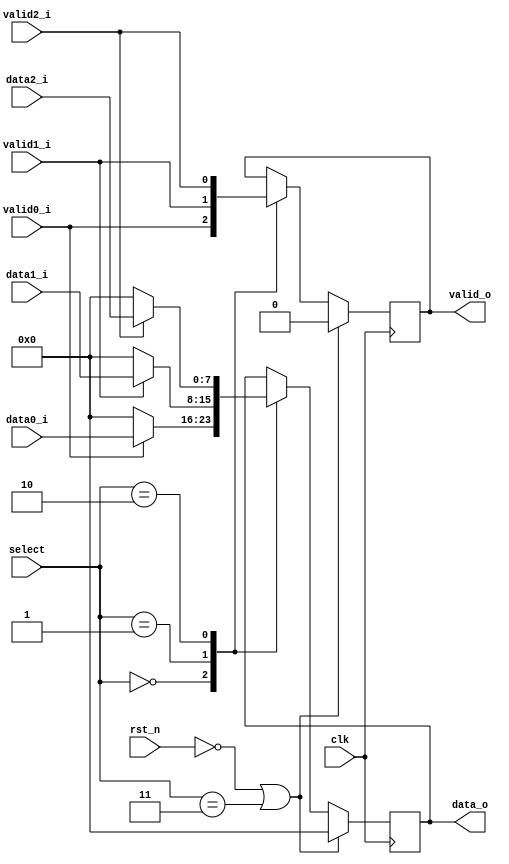
`timescale 1ns / 1ps
//////////////////////////////////////////////////////////////////////////////////
// Company:     A.C.S
// Engineer     Anton Mircea-Pavel
// 
// Design Name:
// Module Name:     mux
// Project Name     Tema2_Decryption
// Target Devices   N/A
// Tool versions    14.5
// Description:     Mux block that routes the decrypted message from a decryptor 
//                  block to the output of the system
//
// Dependencies:    N/A
//
// Revision:
// Revision 0.01 - File Created
// Revision 0.02 - Doc Comments Added
// Revision 0.03 - General Logic Explained in Comments
// Revision 0.04 - First attempt at an implementation
// Revision 0.05 - Bug fix: remove intermediary signals and work directly with data_o and valid_o
// Revision 0.06 - Bug fixes:
//                  - the condition for the reset if should be !rst_n, as rst_n is negated.
//                  - remove redundant ternary operators and leave just the boolean condition itself
//                  - code cleanup
// Revision 0.07 - Change all tab indents to space indents
// Revision 0.08 - Merge multiple reset states into a single one
// Revision 0.09 - Fix switching valid_o behaviour due to stupid if condition
//////////////////////////////////////////////////////////////////////////////////

module mux #(
        parameter D_WIDTH = 8
    )(
        // Clock and reset interface
        input clk,      // system clock
        input rst_n,    // negated reset signal
        
        //Select interface
        input[1:0] select,
        
        // Output interface
        output reg[D_WIDTH - 1 : 0] data_o,     // System Output Data
        output reg                  valid_o,    // System Output Enable

        //output interfaces
        input [D_WIDTH - 1 : 0]     data0_i,    // Caesar Dec. Output Data
        input                       valid0_i,   // Caesar Dec. Output Enable

        input [D_WIDTH - 1 : 0]     data1_i,     // Scytale Dec. Output Data
        input                       valid1_i,    // Scytale Dec. Output Enable

        input [D_WIDTH - 1 : 0]     data2_i,    // ZigZag Dec. Output Data
        input                       valid2_i    // ZigZag Dec. Output Enable
    );
    /////////////////////////// LOGIC OVERVIEW ///////////////////////////
    //  Everythin happens on the positive edge of the [clk] signal      //
    //                                                                  //
    //  if [validX_i] is HIGH, where X is given by the [select] signal: //
    //      store the [dataX_i] in a variable                           //
    //  if [validX_i] is HIGH and [valid_o] is LOW                      //
    //      set [valid_o] to HIGH                                       //
    //  if [validX_i] is LOW and [valid_o] is HIGH                      //
    //      set [valid_o] to LOW                                        //
    //////////////////////////////////////////////////////////////////////

    always @(posedge clk) begin
        // If the reset signal is HIGH, disable all outs
        if (!rst_n || select == 2'b11) begin
            data_o <= 0;
            valid_o <= 0;
        end else begin // if reset is LOW
            case (select)
                2'b00: begin
                    // This statement handles the 'first' clock cycle, starting
                    // the count when the [validX_i] gets HIGH.
                    // What happens here is that the ternary operator assigns
                    // the value of [dataX_i] to [data_o] when [validX_i]
                    // is HIGH, and 0 otherwise
                    data_o <= (valid0_i) ? data0_i : 0;

                    // This statement handles the 'second' and 'third' 
                    // clock cycles, starting the count when the [validX_i]
                    // gets HIGH.
                    // What happens here is that the ternary operator assigns
                    // the boolean value of evaluating the expression
                    // (valid0_i == 1 && valid_o == 0) to valid_o
                    // What this basically does is that when [validX_i] gets
                    // HIGH and [valid_o] is LOW, it toggles it from
                    // LOW to HIGH and then back from HIGH to LOW in
                    // 2 clock cycles
                    valid_o <= (valid0_i);
                end
                
                2'b01: begin // see comments above
                    data_o <= (valid1_i) ? data1_i : 0;
                    valid_o <= (valid1_i);
                end
                
                2'b10: begin // see comments above
                    data_o <= (valid2_i) ? data2_i : 0;
                    valid_o <= (valid2_i);
                end
            endcase
        end
    end
endmodule